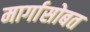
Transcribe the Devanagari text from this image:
मार्गासोबत